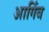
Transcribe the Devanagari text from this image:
आर्गिव